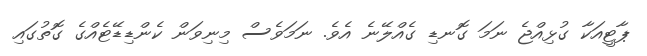
ޕާޓީއަކާ ގުޅިއްޖެ ނަމަ ގޮނޑި ގެއްލޭނެ އެވެ. ނަމަވެސް މިނިވަން ކެންޑިޑޭޓެއްގެ ގޮތުގައި